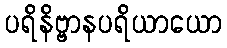
ပရိနိဗ္ဗာနပရိယာယော